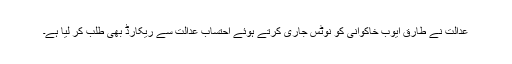
عدالت نے طارق ایوب خاکوانی کو نوٹس جاری کرتے ہوئے احتساب عدالت سے ریکارڈ بھی طلب کر لیا ہے۔